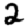
Digit: 2